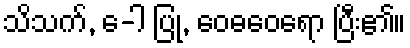
သိသက်, ေ-ါ ပြု, ဝေဓဝေရော ပြီး၏။